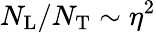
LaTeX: N_{\mathrm{L}}/N_{\mathrm{T}}\sim\eta^{2}